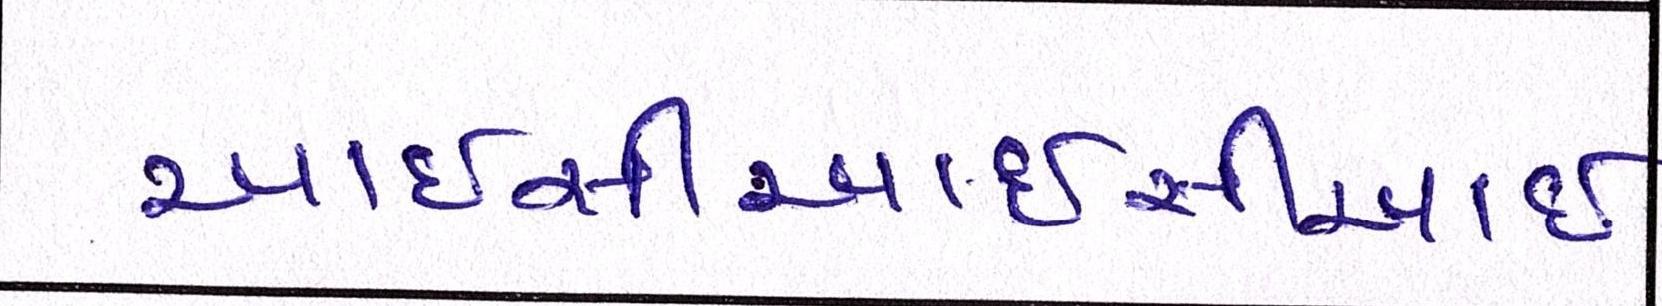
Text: આઈસીઆઈસીઆઈ